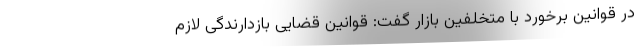
در قوانین برخورد با متخلفین بازار گفت: قوانین قضایی بازدارندگی لازم